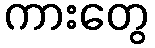
ကားတွေ